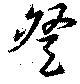
登